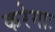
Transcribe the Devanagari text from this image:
करेगाः